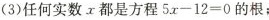
(3)任何实数x都是方程$$5 x - 1 2 = 0$$的根；